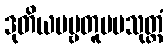
ဒုတိယပဗ္ဗတူပမသုတ္တံ